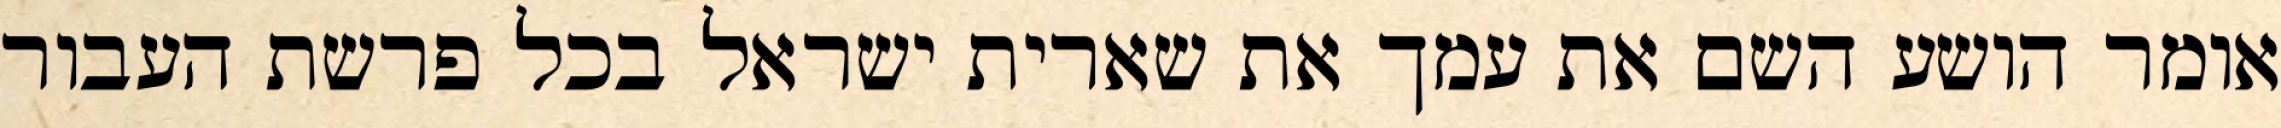
אומר הושע השם את עמך את שארית ישראל בכל פרשת העבור